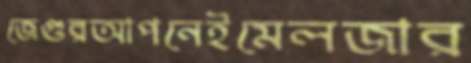
জেগুরআপনেইমেলজার